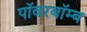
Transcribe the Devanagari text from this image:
पॉवरबॉम्ब